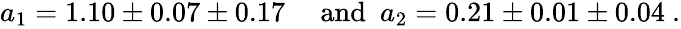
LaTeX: \begin{array}{ccc}{{a_{1}=1.10\pm 0.07\pm 0.17}}&{{\ \mathrm{and}\ \ a_{2}=0.21\pm 0.01\pm 0.04\ .}}\end{array}